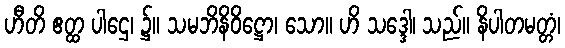
ဟီတိ ဧတ္ထ ပါဌေ၊ ၌။ သမဘိနိဝိဋ္ဌော၊ သော။ ဟိ သဒ္ဒေါ၊ သည်။ နိပါတမတ္တံ၊